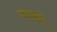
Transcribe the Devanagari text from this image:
पदको़